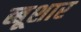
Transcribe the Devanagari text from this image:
ब्बूशार